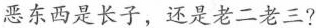
恶东西是长子，还是老二老三?